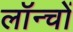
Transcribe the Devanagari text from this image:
लॉन्चों